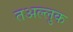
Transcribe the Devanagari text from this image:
तअल्लुक